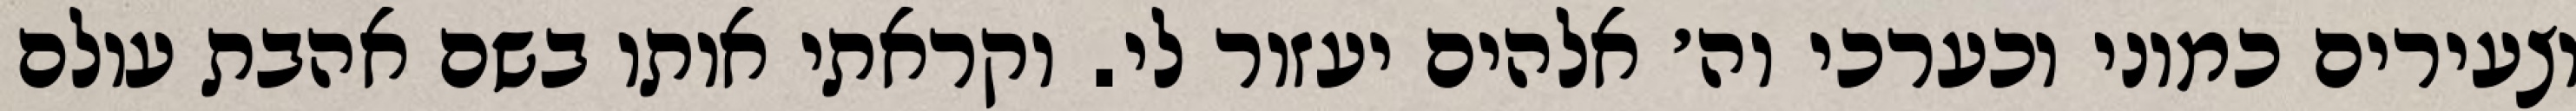
וצעירים כמוני וכערכי וה׳ אלהים יעזור לי. וקראתי אותו בשם אהבת עולם